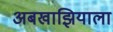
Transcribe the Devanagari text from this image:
अबखाझियाला